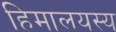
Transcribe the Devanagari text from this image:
हिमालयस्य